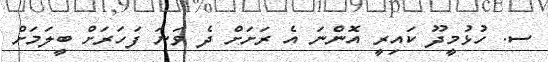
ސ. ހުޅުމީދޫ ކައިރީ އޮންނަ އެ ރަށަށް ދެ ވަނަ ފަހަރަށް ބީލަމަށް